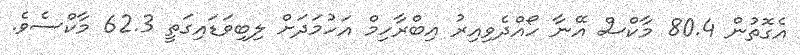
އެގޮތުން 80.4 މާކްސް އޭނާ ހޯއްދެވިއިރު އިބްރާހިމް އަހުމަދަށް ލިބިވަޑައިގަތީ 62.3 މާކްސެވެ.